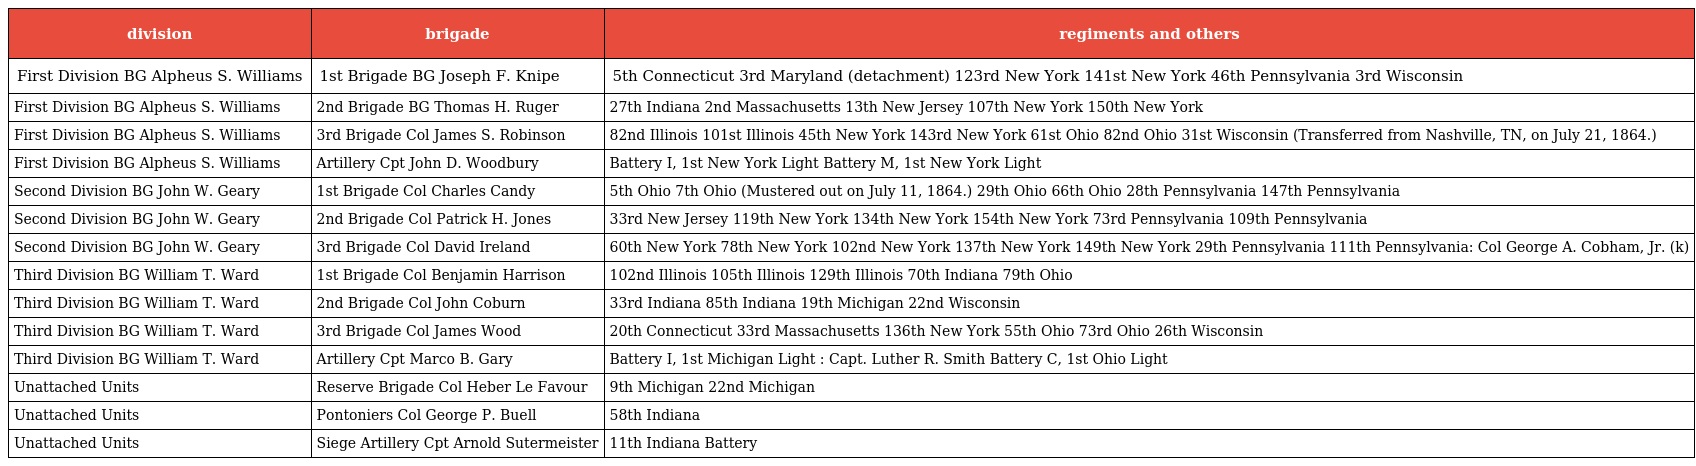
| division | brigade | regiments and others |
 | --- | --- | --- |
 | First Division BG Alpheus S. Williams | 1st Brigade BG Joseph F. Knipe | 5th Connecticut 3rd Maryland (detachment) 123rd New York 141st New York 46th Pennsylvania 3rd Wisconsin |
 | First Division BG Alpheus S. Williams | 2nd Brigade BG Thomas H. Ruger | 27th Indiana 2nd Massachusetts 13th New Jersey 107th New York 150th New York |
 | First Division BG Alpheus S. Williams | 3rd Brigade Col James S. Robinson | 82nd Illinois 101st Illinois 45th New York 143rd New York 61st Ohio 82nd Ohio 31st Wisconsin (Transferred from Nashville, TN, on July 21, 1864.) |
 | First Division BG Alpheus S. Williams | Artillery Cpt John D. Woodbury | Battery I, 1st New York Light Battery M, 1st New York Light |
 | Second Division BG John W. Geary | 1st Brigade Col Charles Candy | 5th Ohio 7th Ohio (Mustered out on July 11, 1864.) 29th Ohio 66th Ohio 28th Pennsylvania 147th Pennsylvania |
 | Second Division BG John W. Geary | 2nd Brigade Col Patrick H. Jones | 33rd New Jersey 119th New York 134th New York 154th New York 73rd Pennsylvania 109th Pennsylvania |
 | Second Division BG John W. Geary | 3rd Brigade Col David Ireland | 60th New York 78th New York 102nd New York 137th New York 149th New York 29th Pennsylvania 111th Pennsylvania: Col George A. Cobham, Jr. (k) |
 | Third Division BG William T. Ward | 1st Brigade Col Benjamin Harrison | 102nd Illinois 105th Illinois 129th Illinois 70th Indiana 79th Ohio |
 | Third Division BG William T. Ward | 2nd Brigade Col John Coburn | 33rd Indiana 85th Indiana 19th Michigan 22nd Wisconsin |
 | Third Division BG William T. Ward | 3rd Brigade Col James Wood | 20th Connecticut 33rd Massachusetts 136th New York 55th Ohio 73rd Ohio 26th Wisconsin |
 | Third Division BG William T. Ward | Artillery Cpt Marco B. Gary | Battery I, 1st Michigan Light : Capt. Luther R. Smith Battery C, 1st Ohio Light |
 | Unattached Units | Reserve Brigade Col Heber Le Favour | 9th Michigan 22nd Michigan |
 | Unattached Units | Pontoniers Col George P. Buell | 58th Indiana |
 | Unattached Units | Siege Artillery Cpt Arnold Sutermeister | 11th Indiana Battery |